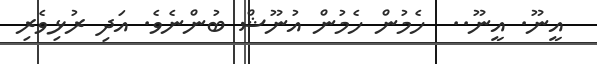
އީނޫ. އީނޫ..  ހެމުން ހެމުން އުނޫޝް ބުންނެވެ. އަދި ރުޅިވެރި